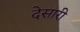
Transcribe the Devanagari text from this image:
देसारी